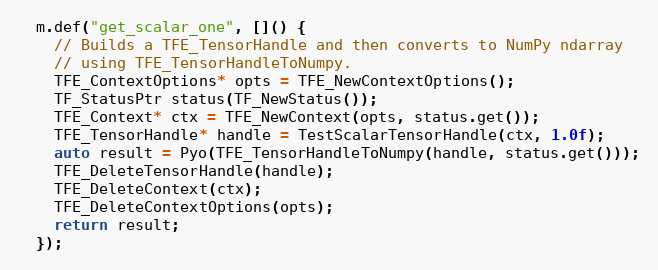
Language: C++
  m.def("get_scalar_one", []() {
    // Builds a TFE_TensorHandle and then converts to NumPy ndarray
    // using TFE_TensorHandleToNumpy.
    TFE_ContextOptions* opts = TFE_NewContextOptions();
    TF_StatusPtr status(TF_NewStatus());
    TFE_Context* ctx = TFE_NewContext(opts, status.get());
    TFE_TensorHandle* handle = TestScalarTensorHandle(ctx, 1.0f);
    auto result = Pyo(TFE_TensorHandleToNumpy(handle, status.get()));
    TFE_DeleteTensorHandle(handle);
    TFE_DeleteContext(ctx);
    TFE_DeleteContextOptions(opts);
    return result;
  });